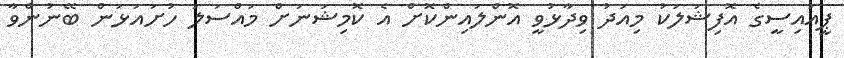
ޕީއައިސީގެ އޮފިޝަލަކު މިއަދު ވިދާޅުވީ އޮންލައިންކޮށް އެ ކޮމިޝަނަށް މައްސަލަ ހުށައަޅަން ބޭނުންވާ